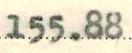
155.88